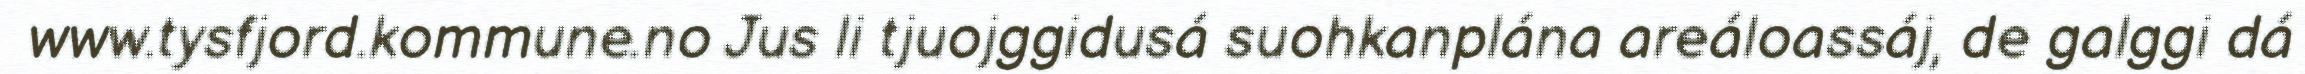
www.tysfjord.kommune.no Jus li tjuojggidusá suohkanplána areáloassáj, de galggi dá